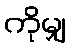
ကိုမျှ